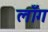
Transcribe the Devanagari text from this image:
लॉँग